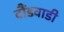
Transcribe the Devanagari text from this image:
दौंडवाडी